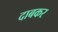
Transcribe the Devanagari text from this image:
दाबकर